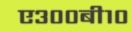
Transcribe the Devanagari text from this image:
ए३००बी१०